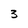
Character: 3